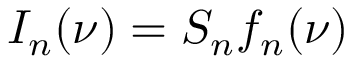
I _ { n } ( \nu ) = S _ { n } f _ { n } ( \nu )